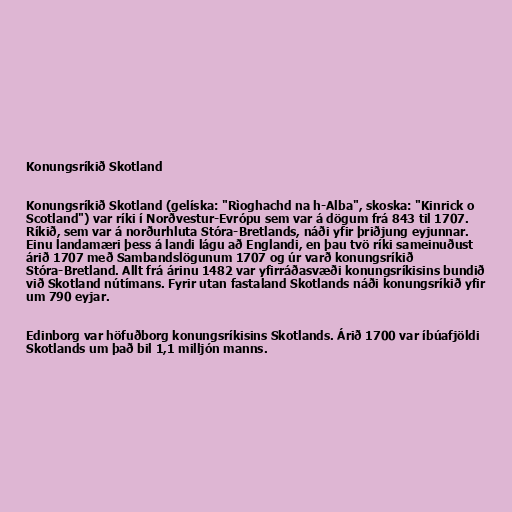
Konungsríkið Skotland

Konungsríkið Skotland (gelíska: "Rìoghachd na h-Alba", skoska: "Kinrick o
Scotland") var ríki í Norðvestur-Evrópu sem var á dögum frá 843 til 1707.
Ríkið, sem var á norðurhluta Stóra-Bretlands, náði yfir þriðjung eyjunnar.
Einu landamæri þess á landi lágu að Englandi, en þau tvö ríki sameinuðust
árið 1707 með Sambandslögunum 1707 og úr varð konungsríkið
Stóra-Bretland. Allt frá árinu 1482 var yfirráðasvæði konungsríkisins bundið
við Skotland nútímans. Fyrir utan fastaland Skotlands náði konungsríkið yfir
um 790 eyjar.

Edinborg var höfuðborg konungsríkisins Skotlands. Árið 1700 var íbúafjöldi
Skotlands um það bil 1,1 milljón manns.